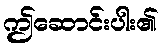
ဤဆောင်းပါး၏